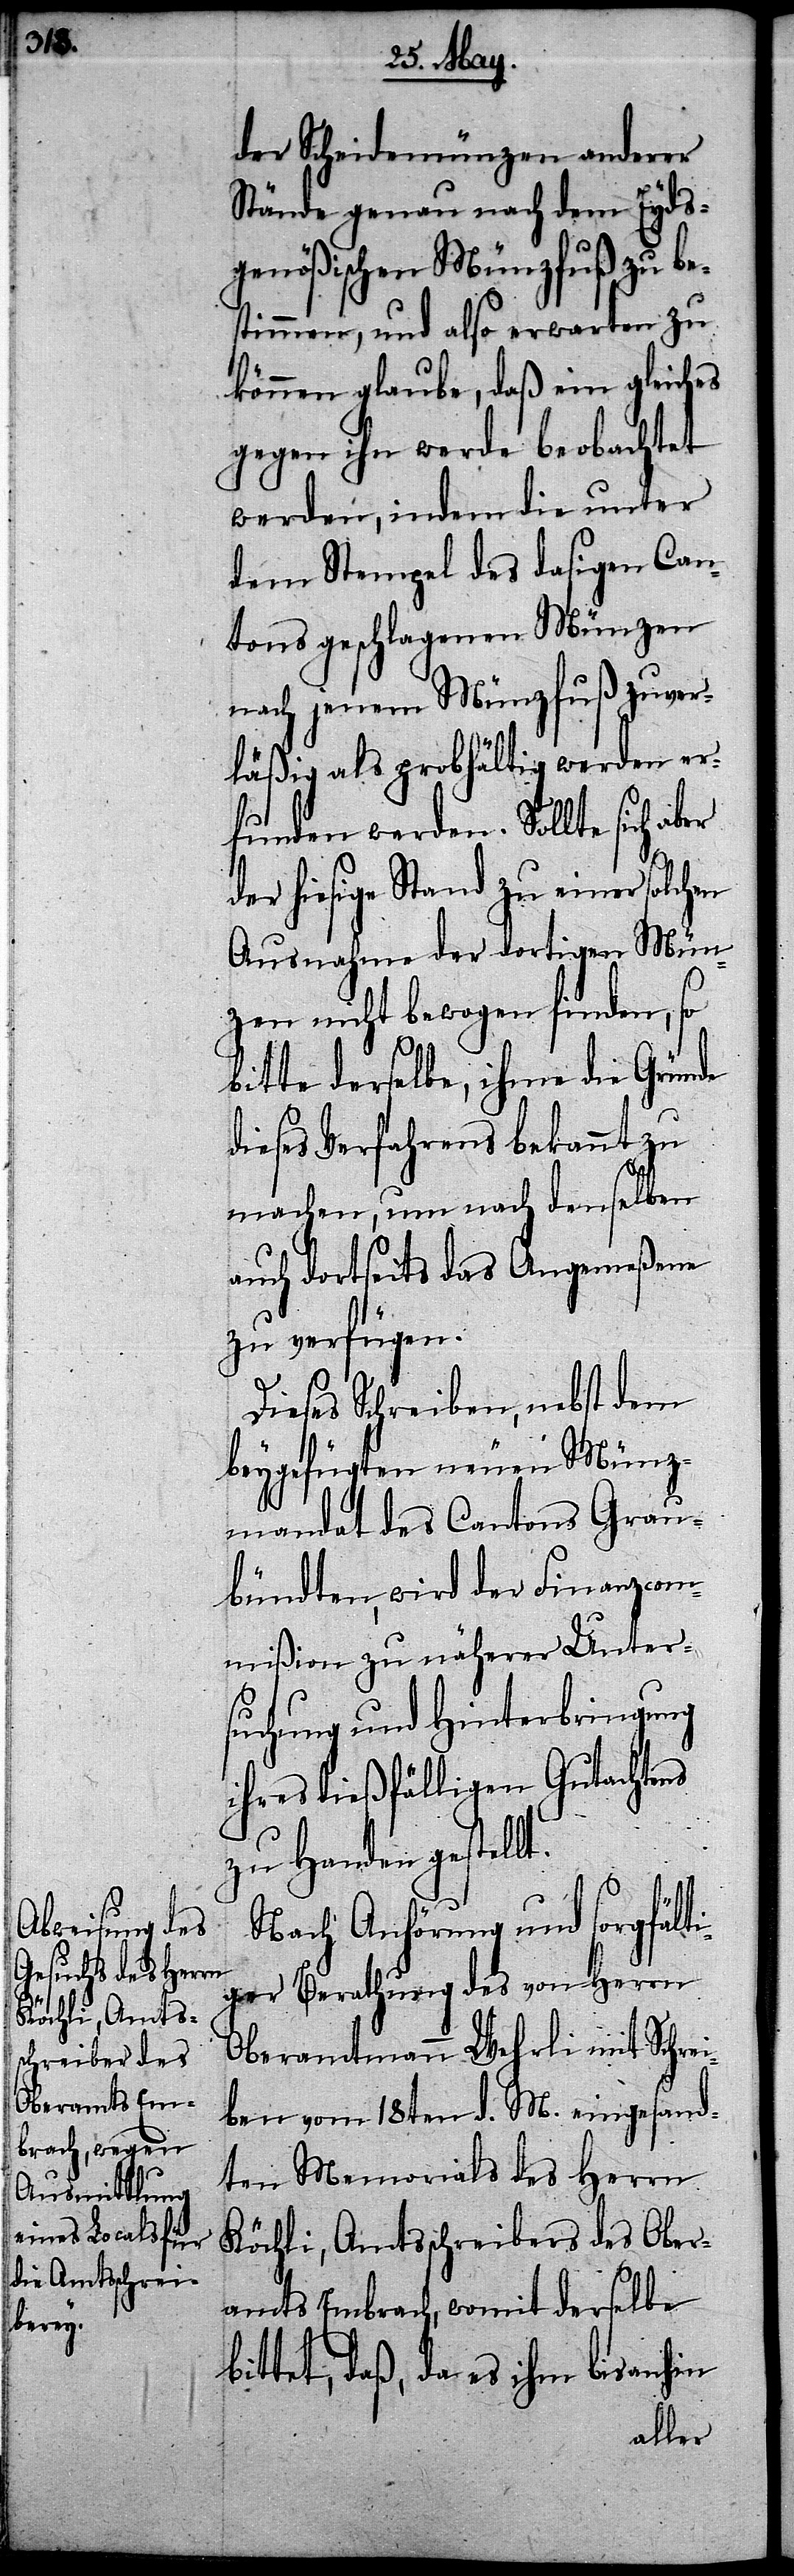
der Scheidemünzen anderer
Stände genau nach dem Eyds¬
genößischen Münzfuß zu be¬
stimmen, und also erwarten zu
können glaube, daß ein gleiches
gegen ihn werde beobachtet
werden, indem die unter
dem Stempel des dasigen Can¬
tons geschlagenen Münzen
nach jenem Münzfuß zuver¬
läßig als grobhältig werden er¬
funden werden. Sollte sich aber
der hiesige Stand zu einer solchen
Ausnahme der dortigen Mün¬
zen nicht bewogen finden, so
bitte derselbe, ihme die Gründe
dieses Verfahrens bekannt zu
machen, um nach denselben
auch dortseits das Angemeßene
zu verfügen.
Dieses Schreiben, nebst dem
beygefügten neuen Münz¬
mandat des Cantons Grau¬
bündten, wird der Finanzcom¬
mißion zu näherer Unter¬
suchung und Hinterbringung
ihres dießfälligen Gutachtens
zu Handen gestellt.
Nach Anhörung und sorgfälti¬
ger Berathung des von Herrn
Oberamtmann Wehrli mit Schrei¬
ben vom 18ten d. M. eingesand¬
ten Memorials des Herrn
Köchli, Amtsschreibers des Ober¬
amts Embrach, womit derselbe
bittet, daß, da es ihm bis anhin